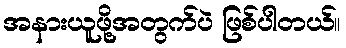
အနားယူဖို့အတွက်ပဲ ဖြစ်ပါတယ်။